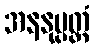
အနနုပ္ပတ္တံ